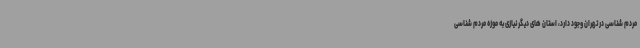
مردم شناسی در تهران وجود دارد، استان های دیگر نیازی به موزه مردم شناسی